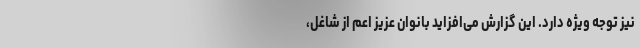
نیز توجه ویژه دارد. این گزارش می‌افزاید بانوان عزیز اعم از شاغل،